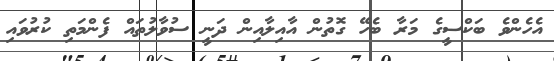
އެހެންވެ ބަކްސީގެ މަރާ ބެހޭ ގޮތުން އާއިލާއިން ދަނީ ސުވާލުތައް ފެންމަތި ކުރުވައި